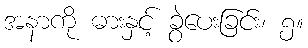
အနာကို ဓားနှင့် ခွဲပေးခြင်း၊ ၅။